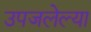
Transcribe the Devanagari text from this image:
उपजलेल्या